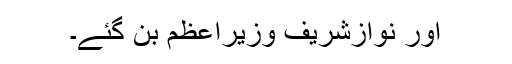
اور نوازشریف وزیراعظم بن گئے۔